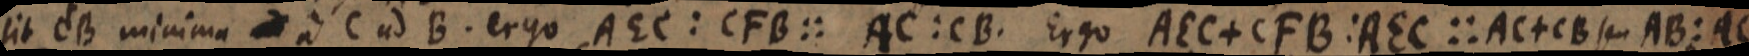
sit CB minima _ a C ad B. ergo AEC : CFB:: AC : CB. Ergo AEC + CFB : AEC :: AC + CB seu AB : AC